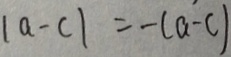
\vert a - c \vert = - ( a - c )